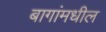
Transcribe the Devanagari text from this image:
बागांमधील